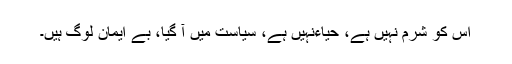
اس کو شرم نہیں ہے، حیاءنہیں ہے، سیاست میں آ گیا، بے ایمان لوگ ہیں۔